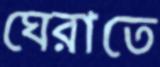
ঘেরাতে